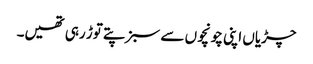
چڑیاں اپنی چونچوں سے سبز پتے توڑ رہی تھیں۔